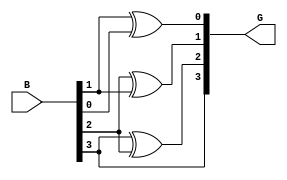
module bin_to_gray(B,G);
input [3:0] B;
output [3:0] G;
assign G[0] = B[1]^B[0];
assign G[1] = B[2]^B[1];
assign G[2] = B[3]^B[2];
assign G[3] = B[3];
endmodule
module bg_tb;
    reg [3:0]b1;
    wire [3:0]g1;
bin_to_gray DUT (.B(b1),.G(g1));
initial 
begin
#5 b1=4'b1001;
#10 b1=4'b0011;
end 
always
#10 $display ($time,"$b1=%b,$g1=%b",b1,g1);
initial
#20 $finish;
endmodule